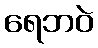
ရေဘဝဲ